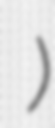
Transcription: ابن احمد بن المهدي)